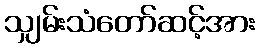
သျှမ်းသံတော်ဆင့်အား